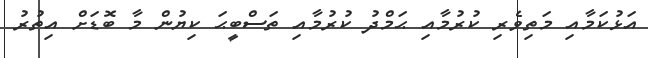
އަޅުކަމާއި މަތިވެރި ކުރުމާއި ޙަމްދު ކުރުމާއި ތަސްބީޙަ ކިޔުން މާ ބޮޑަށް އިތުރު